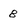
Character: 8